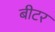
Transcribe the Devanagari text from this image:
बीटर